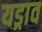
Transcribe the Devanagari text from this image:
यड्राव